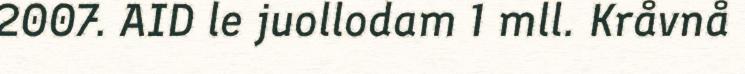
2007. AID le juollodam 1 mll. Kråvnå